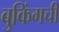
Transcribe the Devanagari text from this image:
बुकिंगची